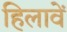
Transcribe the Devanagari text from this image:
हिलावें